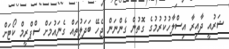
ޝަރުއީ ދާއިރާ އިސްލާހުކުރުމުގެ ގޮތުން ގެންނަން ޖެހޭ ބަދަލުތައް ގެނައުމަށް ސްޕްރީމް ކޯޓަށް